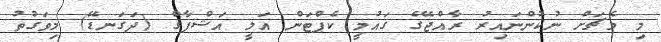
މި މެޗަށް ނުކުންނައިރު ރާއްޖޭގެ ގައުމީ ކެޕްޓަން އަލީ އަޝްފާގް (ދަގަނޑޭ) މިވަގުތު